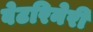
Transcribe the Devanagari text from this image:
वेटरिनेरी